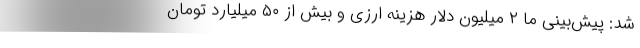
شد: پیش‌بینی ما ۲ میلیون دلار هزینه ارزی و بیش از ۵۰ میلیارد تومان